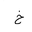
Letter: _kha